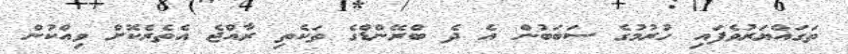
ތަގައްޔަރުވެފައި ހުރުމުގެ ސަބަބުން އެ ދެ ބްރޭންޑްގެ ތަކެތި ރާއްޖެ އެތެރެކޮށް ވިއްކުން